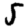
Digit: 5